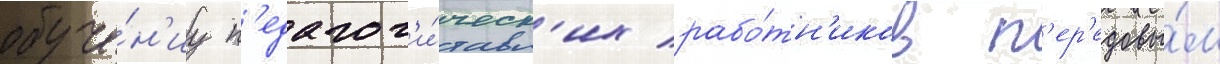
обуче́н'иу п'едагог'и́ческ'их рабо́тн'иков п'ер'едовы́м